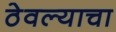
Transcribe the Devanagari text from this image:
ठेवल्याचा